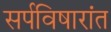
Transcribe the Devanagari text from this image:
सर्पविषारांत